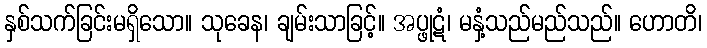
နှစ်သက်ခြင်းမရှိသော။ သုခေန၊ ချမ်းသာခြင့်။ အပ္ဖုဋံ၊ မနှံ့သည်မည်သည်။ ဟောတိ၊